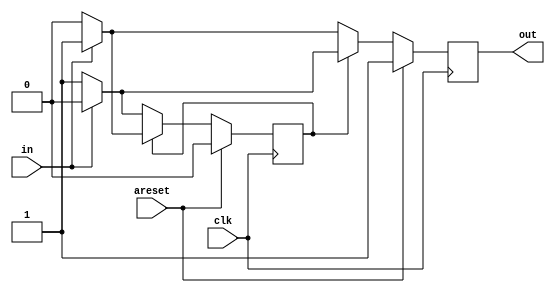
//  :

module top_module(
	input clk,
	input areset,    // Asynchronous reset to state B
	input in,
	output out
);
	reg out_reg = 1;
	parameter S0 = 0, S1 = 1;

	reg state;
	always @(posedge clk) begin
		if (areset == 1) begin
			out_reg <= 1;	
			state <= S0;
		end
		else begin
			if (state == S0) begin
				if (in == 1) begin
					state <= S0;
					out_reg <= 1; 
				end
				else begin
					state <= S1;
					out_reg <= 0; 
				end
			end
			else if (state == S1) begin
				
				if (in == 1) begin
					state <= S1;
					out_reg <= 0;
				end
				else begin
					state <= S0;
					out_reg <= 1; 
				end
			end
		end
	end
	assign out = out_reg;

endmodule